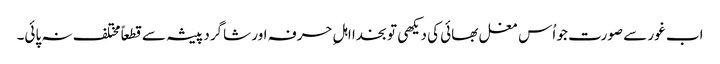
اب غور سے صورت جو اُس مغل بھائی کی دیکھی تو بخدا اہلِ حرفہ اور شاگرد پیشہ سے قطعاً مختلف نہ پائی۔